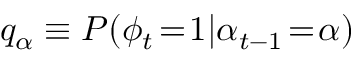
q _ { \alpha } \equiv P ( \phi _ { t } \! = \! 1 | \alpha _ { t - 1 } \! = \! \alpha )